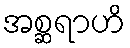
အစ္ဆရာဟိ